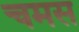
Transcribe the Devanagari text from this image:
चमस